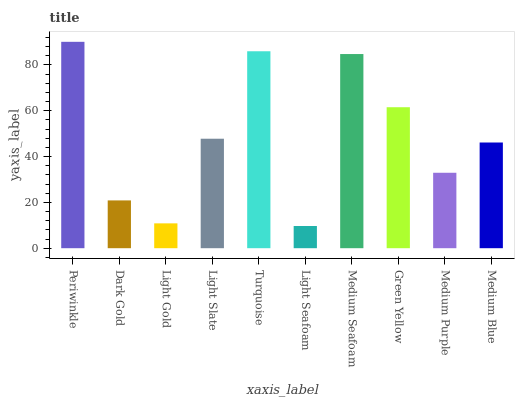
| xaxis_label | bars |
 | --- | --- |
 | Periwinkle | 90.1 |
 | Dark Gold | 20.9 |
 | Light Gold | 10.8 |
 | Light Slate | 47.8 |
 | Turquoise | 86 |
 | Light Seafoam | 9.69 |
 | Medium Seafoam | 84.7 |
 | Green Yellow | 61.5 |
 | Medium Purple | 32.9 |
 | Medium Blue | 46.1 |